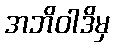
အဘိဝါဒိမှ